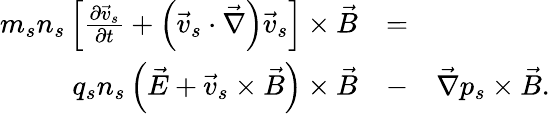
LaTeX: \begin{array}{rlr}{m_{s}n_{s}\left[\frac{\partial\vec{v}_{s}}{\partial t}+\left(\vec{v}_{s}\cdot\vec{\nabla}\right)\vec{v}_{s}\right]\times\vec{B}}&{=}&\\ {q_{s}n_{s}\left(\vec{E}+\vec{v}_{s}\times\vec{B}\right)\times\vec{B}}&{-}&{\vec{\nabla}p_{s}\times\vec{B}.}\end{array}